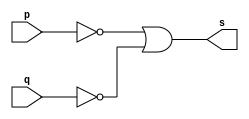
// ---------------------
// Guia01_04 - NAND usando De Morgan
// Nome: Bruno Cezar Andrade Viallet
// ---------------------

// ---------------------
// -- NAND gate
// ---------------------

module nandgate (s, p, q);
 output s;
 input  p, q;
 
 assign s = (~p | ~q); // -- AND usando De Morgan = ~(~p | ~q) como Nand = ~(And) temos (~p | ~q)
 
endmodule // nandgate 

// ---------------------
// -- test nand gate
// ---------------------

module testnandgate;
 reg   a, b;
 wire  s;
          // instancia
 nandgate NAND1 (s, a, b);
          // parte principal
 initial begin:start
      a=0; b=0; 
      $display("Guia01_04 - Bruno Cezar Andrade Viallet - 396679");
      $display("Test NAND gate usando De Morgan");
		$display("(~a|~b)= S");
		$monitor("   %b  %b = %b", a, b, s);
  	#1  a=0; b=0;
	#1  a=0; b=1;
	#1  a=0; b=1;
	#1  a=1; b=0;
	#1  a=1; b=0;
	#1  a=1; b=1;
	#1  a=1; b=1;
 end

endmodule // testnandgate